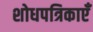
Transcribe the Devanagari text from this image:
शोधपत्रिकाएँ